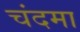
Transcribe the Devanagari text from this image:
चंदमा